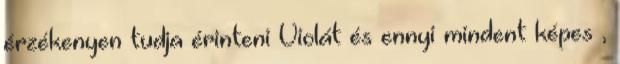
érzékenyen tudja érinteni Violát és ennyi mindent képes ,